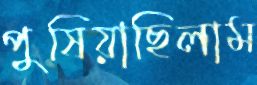
পুষিয়াছিলাম